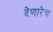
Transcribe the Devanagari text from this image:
देणारेच